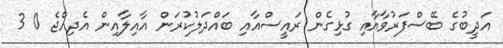
އަދީބުގެ ބޭސްފަރުވާއާއި ގުޅިގެން ރައީސްއާއި ބައްދަލުކުރަން އާއިލާއިން އެދިއްޖެ 0 3